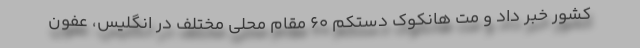
کشور خبر داد و مت هانکوک دستکم ۶۰ مقام محلی مختلف در انگلیس، عفون